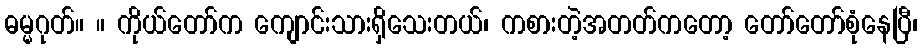
ဓမ္မဂုတ်။ ။ ကိုယ်တော်က ကျောင်းသားရှိသေးတယ်၊ ကစားတဲ့အတတ်ကတော့ တော်တော်စုံနေပြီ၊